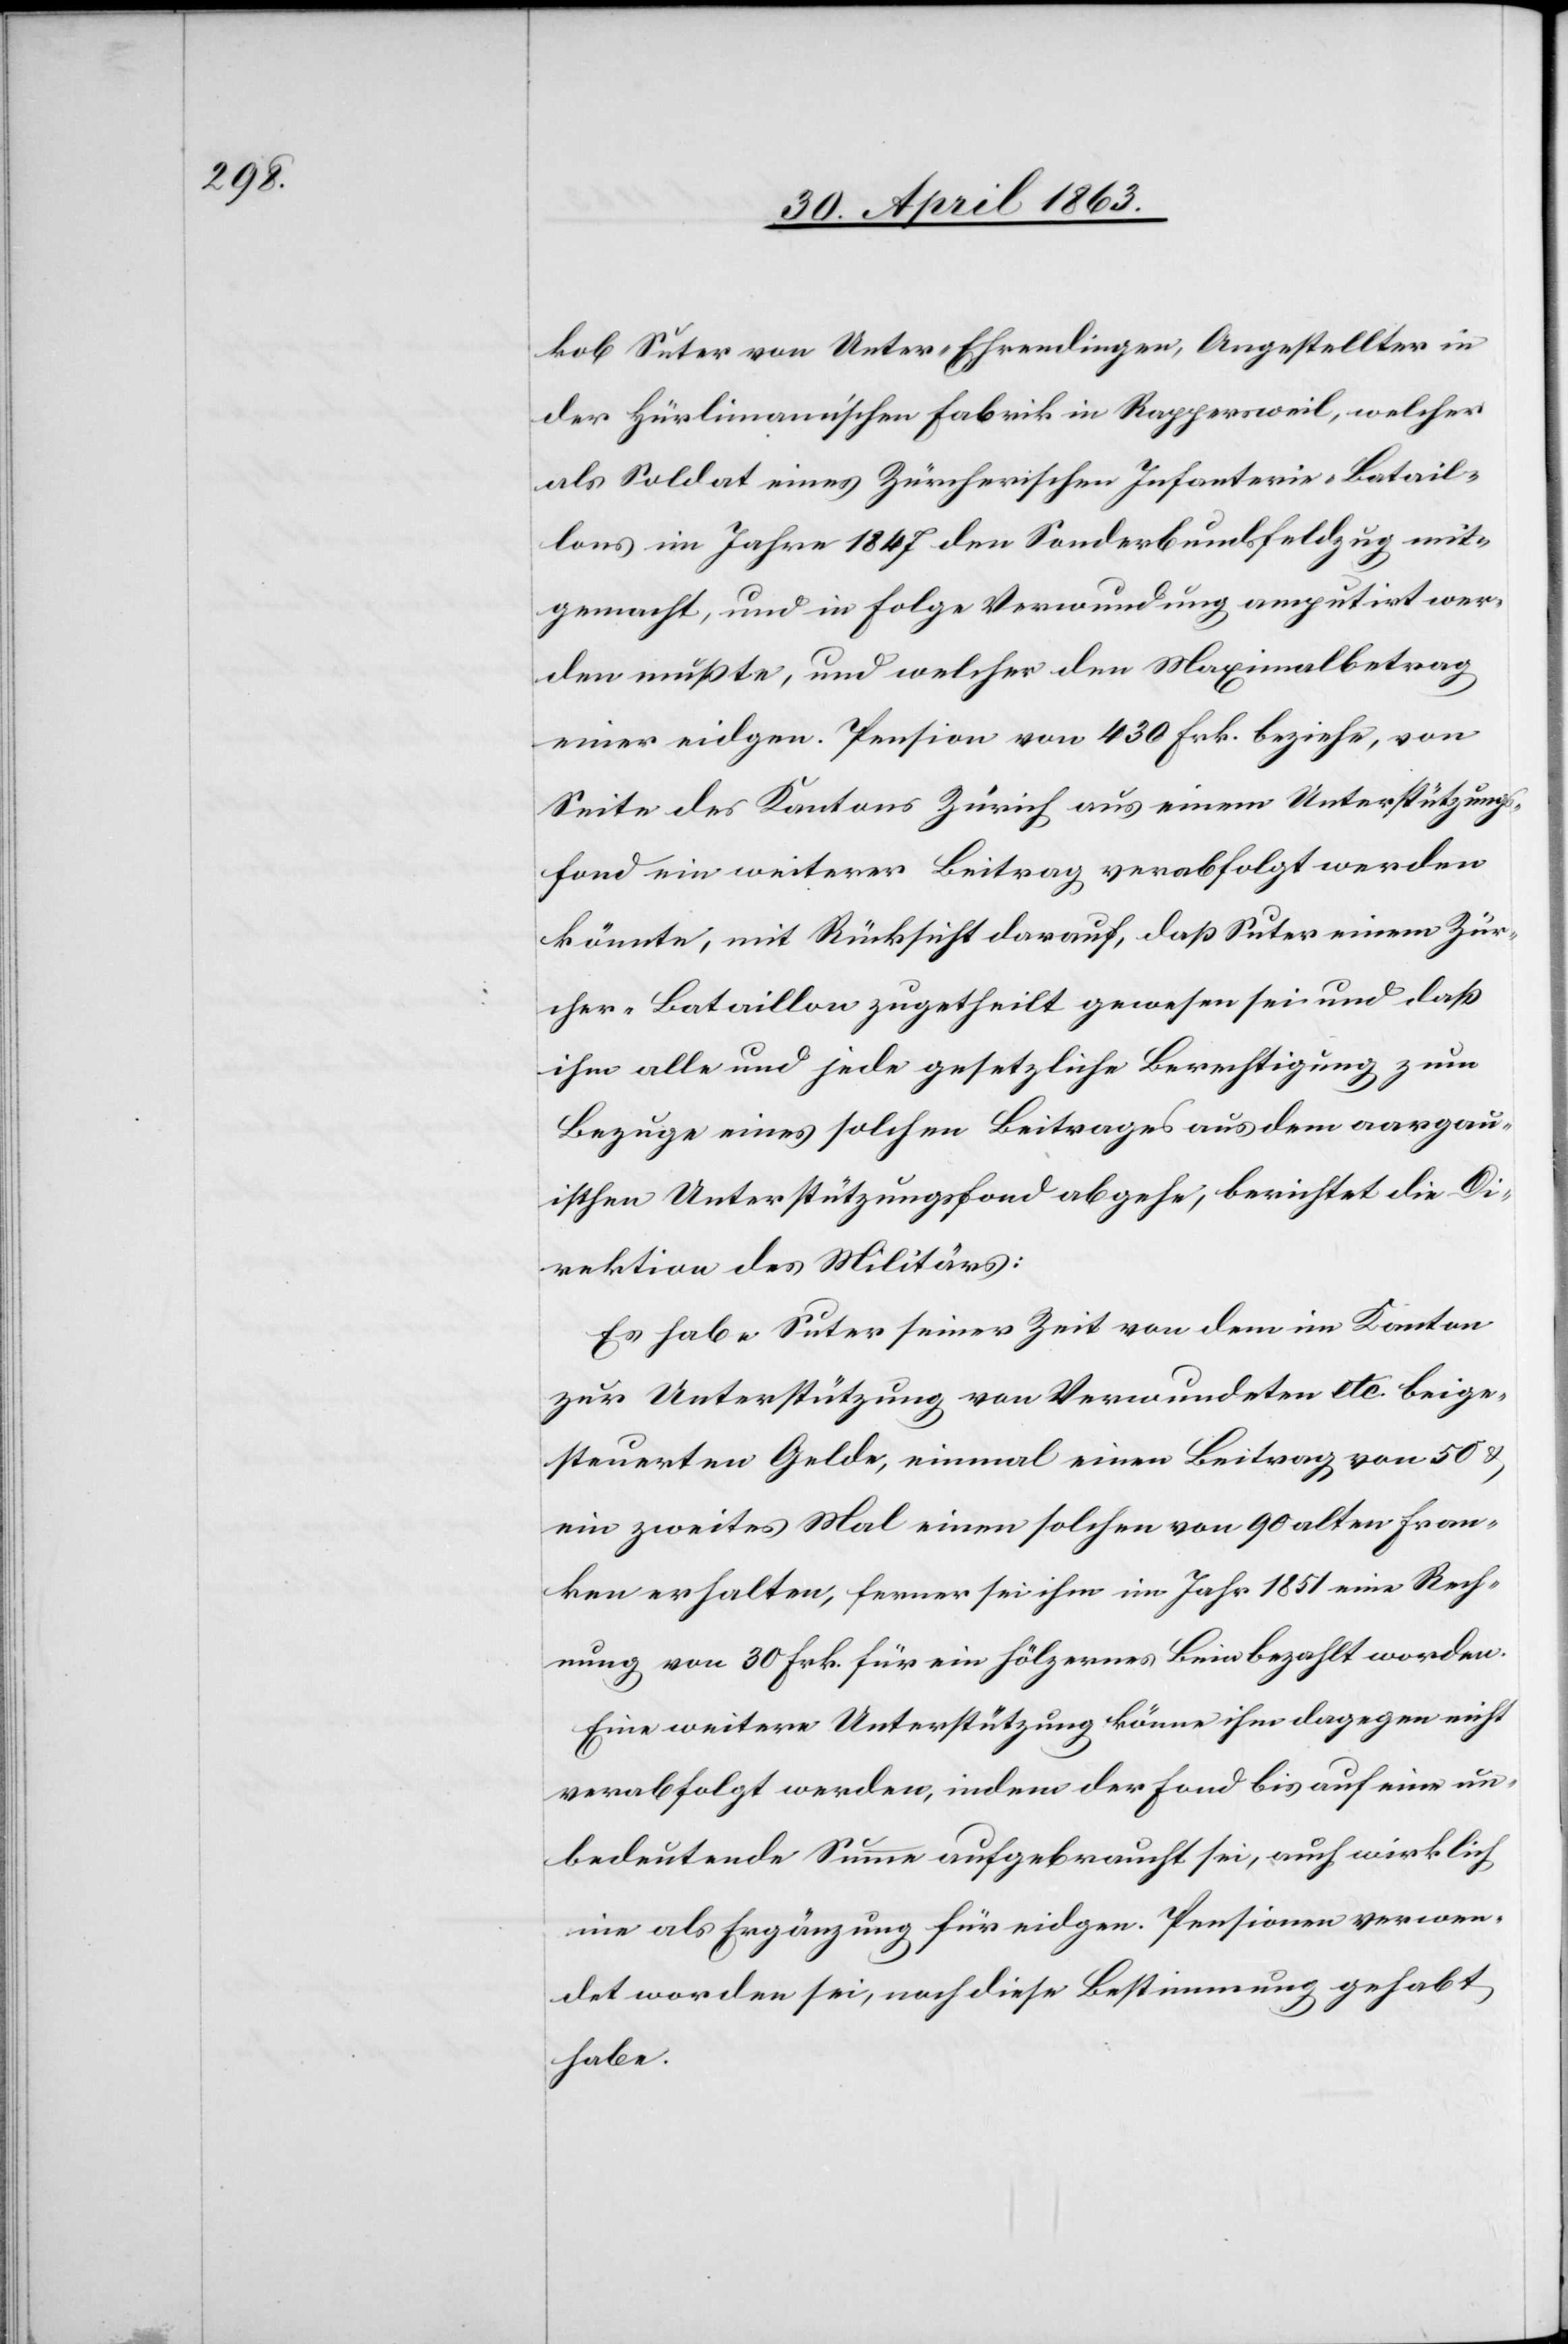
kob Suter von Unter-Ehrendingen, Angestellter in
der Hürlimann'schen Fabrik in Rappersweil, welcher
als Soldat eines Zürcherischen Infanterie-Batail¬
lons im Jahre 1847 den Sonderbundsfeldzug mit¬
gemacht, und in Folge Verwundung amputirt wer¬
den mußte, und welcher den Maximalbetrag
einer eidgen. Pension von 430 Frk. beziehe, von
Seite des Kantons Zürich aus einem Unterstützungs¬
fond ein weiterer Beitrag verabfolgt werden
könnte, mit Rücksicht darauf, daß Suter einem Zür¬
cher-Bataillon zugetheilt gewesen sei und daß
ihm alle und jede gesetzliche Berechtigung zum
Bezuge eines solchen Beitrages aus dem aargau¬
ischen Unterstützungsfond abgehe, berichtet die Di¬
rektion des Militärs:
Es habe Suter seiner Zeit von dem im Kanton
zur Unterstützung von Verwundeten etc. beige¬
steuerten Gelde, einmal einen Beitrag von 50 &
ein zweites Mal einen solchen von 90 alten Fran¬
ken erhalten, ferner sei ihm im Jahr 1851 eine Rech¬
nung von 30 Frk. für ein hölzernes Bein bezahlt worden.
Eine weitere Unterstützung könne ihm dagegen nicht
verabfolgt werden, indem der Fond bis auf eine un¬
bedeutende Summe aufgebraucht sei, auch wirklich
nie als Ergänzung für eidgen. Pensionen verwen¬
det worden sei, noch diese Bestimmung gehabt
habe.